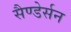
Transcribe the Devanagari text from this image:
सैण्डेर्सन